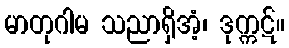
မာတုဂါမ သညာရှိအံ့၊ ဒုက္ကဋ်။